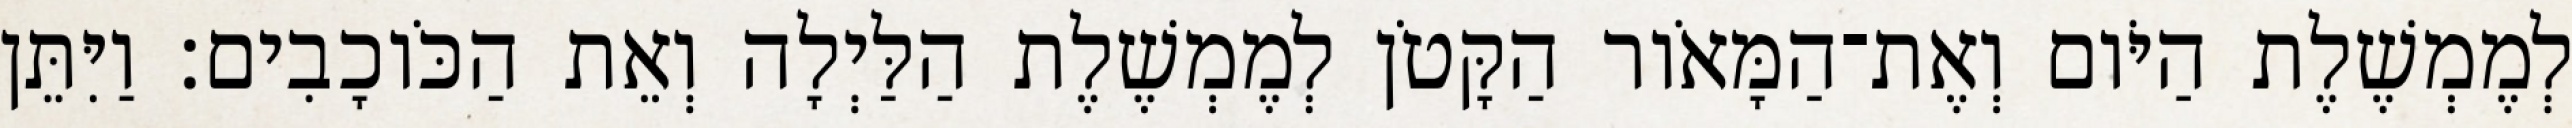
לְמֶמְשֶׁלֶת הַיֹּום וְאֶת־הַמָּאֹור הַקָּטֹן לְמֶמְשֶׁלֶת הַלַּיְלָה וְאֵת הַכֹּוכָבִים׃ וַיִּתֵּן